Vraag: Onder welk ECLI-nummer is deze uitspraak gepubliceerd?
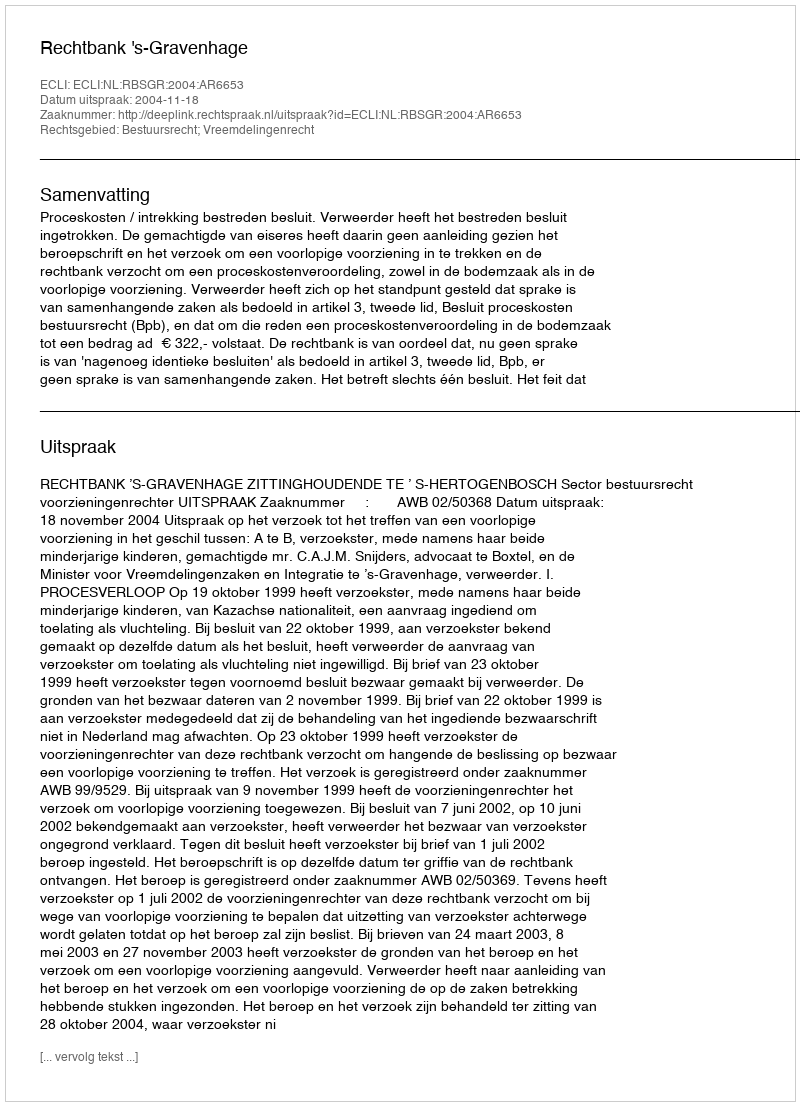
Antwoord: ECLI:NL:RBSGR:2004:AR6653